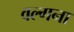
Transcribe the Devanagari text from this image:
वल्गना